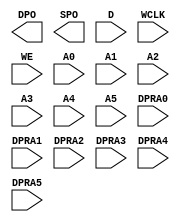

module RAM64X1D (
	output DPO, SPO,
	input  D, WCLK, WE,
	input  A0, A1, A2, A3, A4, A5,
	input  DPRA0, DPRA1, DPRA2, DPRA3, DPRA4, DPRA5
);
	parameter INIT = 64'h0;
	parameter IS_WCLK_INVERTED = 1'b0;
endmodule

module RAM128X1D (
	output       DPO, SPO,
	input        D, WCLK, WE,
	input  [6:0] A, DPRA
);
	parameter INIT = 128'h0;
	parameter IS_WCLK_INVERTED = 1'b0;
endmodule